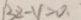
1 3 z - y = 0